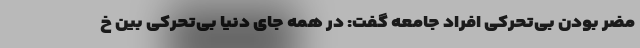
مضر بودن بی‌تحرکی افراد جامعه گفت: در همه جای دنیا بی‌تحرکی بین خ